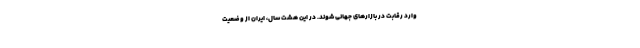
وارد رقابت در بازارهای جهانی شوند. در این هشت سال، ایران از وضعیت